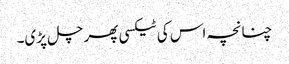
چنانچہ اس کی ٹیکسی پھر چل پڑی۔